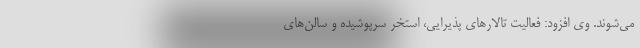
می‌شوند. وی افزود: فعالیت تالارهای پذیرایی، استخر سرپوشیده و سالن‌های